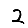
Digit: 2